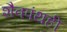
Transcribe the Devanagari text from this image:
शैवपंथही